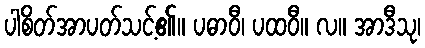
ပါစိတ်အာပတ်သင့်၏။ ပဓာဝီ၊ ပထဝီ။ လ။ အာဒီသု၊